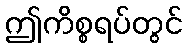
ဤကိစ္စရပ်တွင်